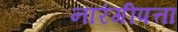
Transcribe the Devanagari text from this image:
नारंगीपत्ता